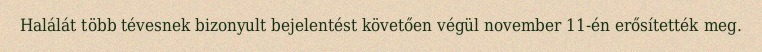
Halálát több tévesnek bizonyult bejelentést követően végül november 11-én erősítették meg.